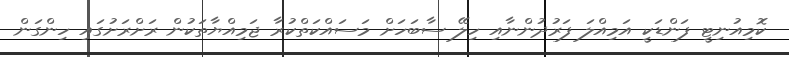
ކޮމިއުނިޓީ ފަންޑަކީ އަމިއްލަ ފަރުދުންނާއި ހިލޭ ސާބަހަށް މަސައްކަތްކުރާ ޖަމިއްޔާތަކުން ރަށްރަށުގައި ހިންގަން